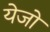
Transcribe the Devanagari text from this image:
येजो